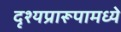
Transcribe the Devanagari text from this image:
दृश्यप्रारूपामध्ये